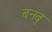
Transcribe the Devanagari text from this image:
बनबु